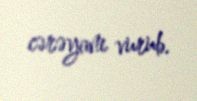
cərəyanı vurub.